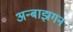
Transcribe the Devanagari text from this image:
अन्बाझगन